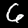
Label: 6